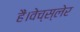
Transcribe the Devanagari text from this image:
हैं।वेच्स्लेर